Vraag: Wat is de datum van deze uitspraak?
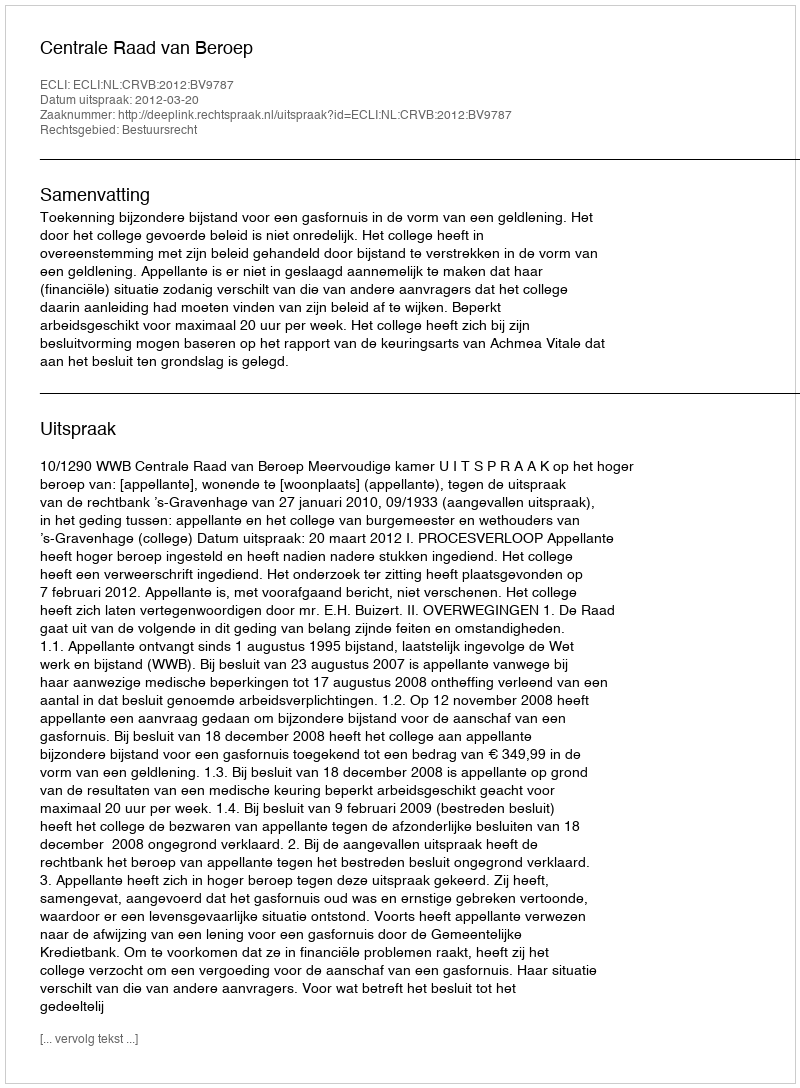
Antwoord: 2012-03-20